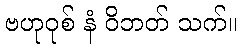
ဗဟုဝုစ် နံ ဝိဘတ် သက်။